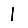
Digit: 1